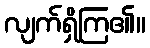
လျက်ရှိကြ၏။